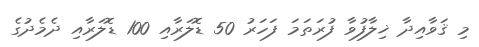
މި ޤަވާއިދާ ޚިލާފުވާ ފުރަތަމަ ފަހަރު 50 ޑޮލަރާއި 100 ޑޮލަރާއި ދެމެދުގެ